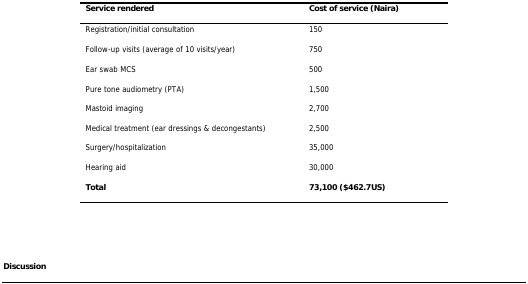
| Service rendered | Cost of service (Naira) |
 | --- | --- |
 | Registration/initial consultation | 150 |
 | Follow-up visits (average of 10 visits/year) | 750 |
 | Ear swab MCS | 500 |
 | Pure tone audiometry (PTA) | 1,500 |
 | Mastoid imaging | 2,700 |
 | Medical treatment (ear dressings & decongestants) | 2,500 |
 | Surgery/hospitalization | 35,000 |
 | Hearing aid | 30,000 |
 | Total | 73,100 ($462.7US) |